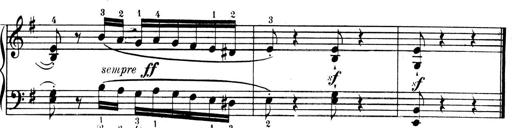
Title: 4 Sonatines
Composer: Max Reger